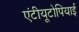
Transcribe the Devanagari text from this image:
एंटीयूटोपियाई